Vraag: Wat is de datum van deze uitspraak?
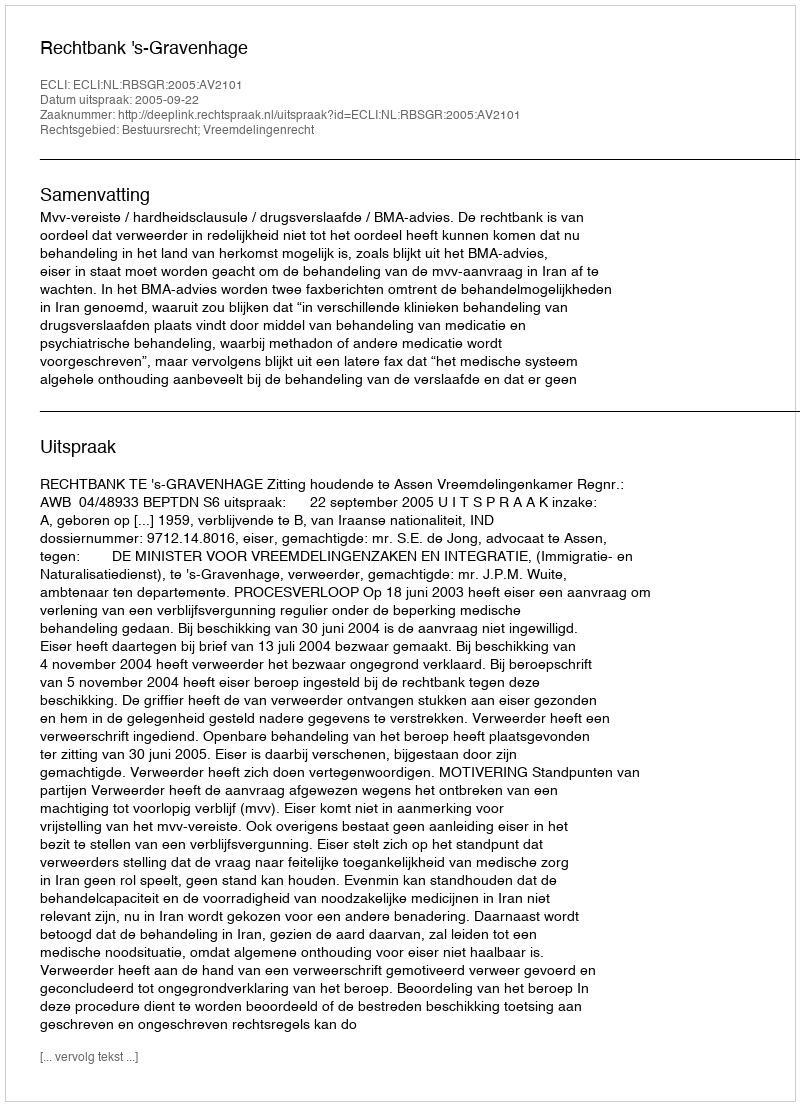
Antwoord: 2005-09-22